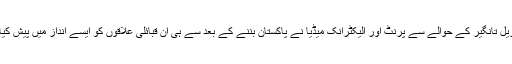
مجھے یہ بات لکھتے ہوئے بھی کوئی جھجک نہیں کہ داریل تانگیر کے حوالے سے پرنٹ اور الیکٹرانک میڈیا نے پاکستان بننے کے بعد سے ہی ان قبائلی علاقوں کو ایسے انداز میں پیش کیا ہے کہ شاید دیامر کے لوگ کسی اور دنیا کی مخلوق ہیں۔